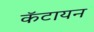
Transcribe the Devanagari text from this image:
कॅटायन